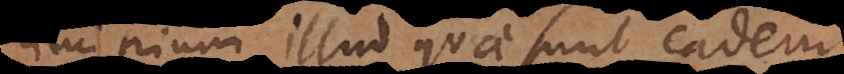
Principium illud quae sunt eadem